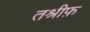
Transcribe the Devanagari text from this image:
तश्रीफ़